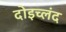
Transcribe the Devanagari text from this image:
दोइच्लंद